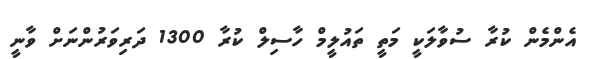
އެންމެން ކުރާ ސުވާލަކީ މަތީ ތައުލީމް ހާސިލް ކުރާ 1300 ދަރިވަރުންނަށް ވާނީ